Indian journal of veterinary science and animal husbandry - Volumes 15-17, 1948-1951
Year: 1948
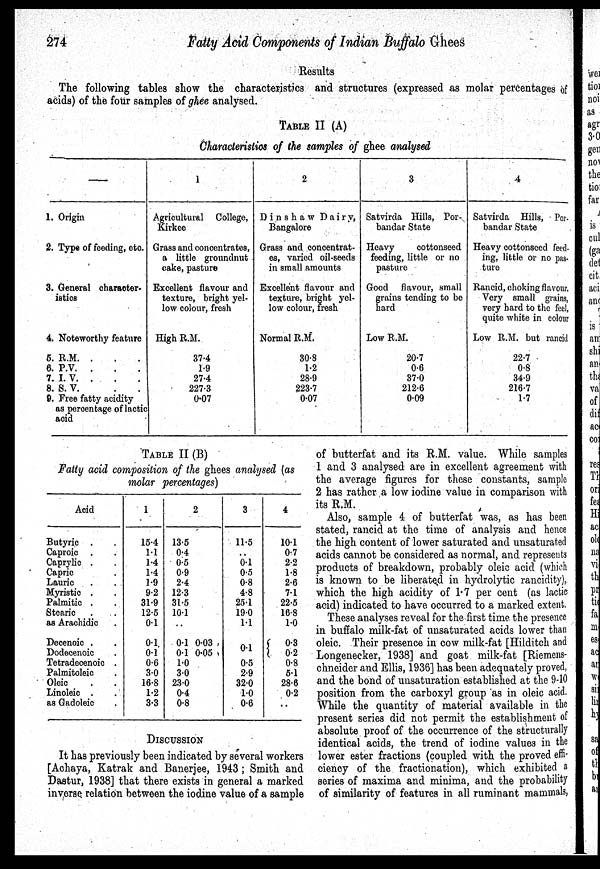
274
Fatty Acid Components of Indian Buffalo Ghees
Results
The following tables show the characteristics and structures (expressed as molar percentages of
acids) of the four samples of ghee analysed.
TABLE II (A)
Characteristios of the samples of ghee analysed
—
1. Origin
2. Type of feeding, etc.
3. General character-
istics
4. Noteworthy feature
6. R.M. . . .
6. P.V. . . .
7. I. V. . . .
8. S. V.
.
.
9. Free fatty acidity
as percentage of lactic
acid
1
Agricultural College,
Kirkee
Grass and concentrates,
a little groundnut
cake, pasture
Excellent flavour and
texture, bright yel-
low colour, fresh
High R.M.
37.4
1.9
27.4
227.3
0.07
2
Dinshaw Dairy,
Bangalore
Grass and concentrat-
es, varied oil-seeds
in small amounts
Excellent flavour and
texture, bright yel-
low colour, fresh
Normal R.M.
30.8
1.2
28.9
223.7
0.07
3
Satvirda Hills, Por
bandar State
Heavy
cottonseed
feeding, little or no
pasture
Good flavour, small
grains tending to be
hard
Low R.M.
20.7
0.6
37.0
212.6
0.09
4
Satvirda Hills, Por-
bandar State
Heavy cottonseed feed-
ing, little or no pas-
ture
Rancid, choking flavour.
Very small grains,
very hard to the feel,
quite white in colour
Low R.M. but rancid
22.7
0.8
34.9
216.7
1.7
TABLE II (B)
Fatty acid composition of the ghees analysed (as
molar percentages)
Acid
Butyric . .
Caproic . .
Caprylic . .
Capric .
Lauric . .
Myristic . .
Palmitic . .
Stearic . .
as Arachidic ..
Decenoic . .
Dodecenoic . .
Tetradecenoic . .
Palmitoleic . .
Oleic . .
Linoleic . .
as Gadoleic .
1
15.4
1.1
1.4
1.4
1.9
9.2
31.9
12.5
0.1
0.1.
0.1
0.6
3.0
16.8
1.2
3.3
2
13.5
0.4
0.5
0.9
2.4
12.3
31.5
10.1
0.1 0.03
0.1 0.05
1.0
3.0
23.0
0.4
0.8
3
11.5
. .
0.1
0.5
0.8
4.8
25.1
19.0
1.1
0.1
0.5
2.9
32.0
1.0
0.6
4
10.1
0.7
2.2
1.8
2.6
7.1
22.5
16.8
1.0
0.3
0.2
0.8
5.1
28.6
0.2
. .
DISCUSSION
It has previously been indicated by several workers
[Achaya, Katrak and Banerjee, 1943; Smith and
Dastur, 1938] that there exists in general a marked
inverse relation between the iodine value of a sample
of butterfat and its R.M. value. While samples
1 and 3 analysed are in excellent agreement with
the average figures for these constants, sample
2 has rather a low iodine value in comparison with
its R.M.
Also, sample 4 of butterfat was, as has been
stated, rancid at the time of analysis and hence
the high content of lower saturated and unsaturated
acids cannot be considered as normal, and represents
products of breakdown, probably oleic acid (which
is known to be liberated in hydrolytic rancidity),
which the high acidity of 1.7 per cent (as lactic
acid) indicated to have occurred to a marked extent.
These analyses reveal for the first time the presence
in buffalo milk-fat of unsaturated acids lower than
oleic. Their presence in cow milk-fat [Hilditch and
Longenecker, 1938] and goat milk-fat [Riemens-
chneider and Ellis, 1936] has been adequately proved,
and the bond of unsaturation established at the 9-10
position from the carboxyl group as in oleic acid.
While the quantity of material available in the
present series did not permit the establishment of
absolute proof of the occurrence of the structurally
identical acids, the trend of iodine values in the
lower ester fractions (coupled with the proved effi-
ciency of the. fractionation), which exhibited a
series of maxima and minima, and the probability
of similarity of features in all ruminant mammals,